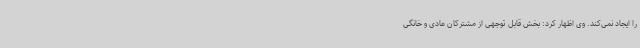
را ایجاد نمی‌کند. وی اظهار کرد: بخش قابل توجهی از مشترکان عادی و خانگی